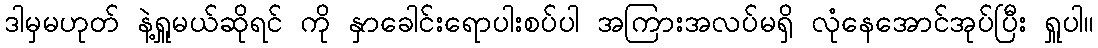
ဒါမှမဟုတ် နဲ့ရှူမယ်ဆိုရင် ကို နှာခေါင်းရောပါးစပ်ပါ အကြားအလပ်မရှိ လုံနေအောင်အုပ်ပြီး ရှူပါ။